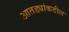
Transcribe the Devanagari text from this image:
आतड्यांकडील